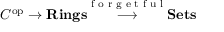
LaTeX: C ^ { \operatorname { o p } } \to \mathbf { R i n g s } { \stackrel { \textrm { f o r g e t f u l } } { \longrightarrow } } \mathbf { S e t s }